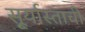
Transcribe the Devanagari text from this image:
सू्र्यास्ताची